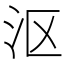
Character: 沤